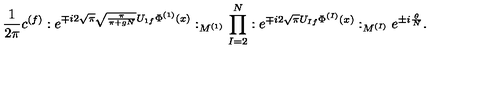
\frac { 1 } { 2 \pi } c ^ { ( f ) } : e ^ { \mp i 2 \sqrt { \pi } \sqrt { \frac { \pi } { \pi + g N } } U _ { 1 f } \Phi ^ { ( 1 ) } ( x ) } : _ { M ^ { ( 1 ) } } \prod _ { I = 2 } ^ { N } : e ^ { \mp i 2 \sqrt { \pi } U _ { I f } \Phi ^ { ( I ) } ( x ) } : _ { M ^ { ( I ) } } e ^ { \pm i \frac { \theta } { N } } .